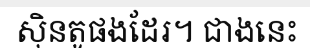
ស៊ិនតូផងដែរ។ ជាងនេះ